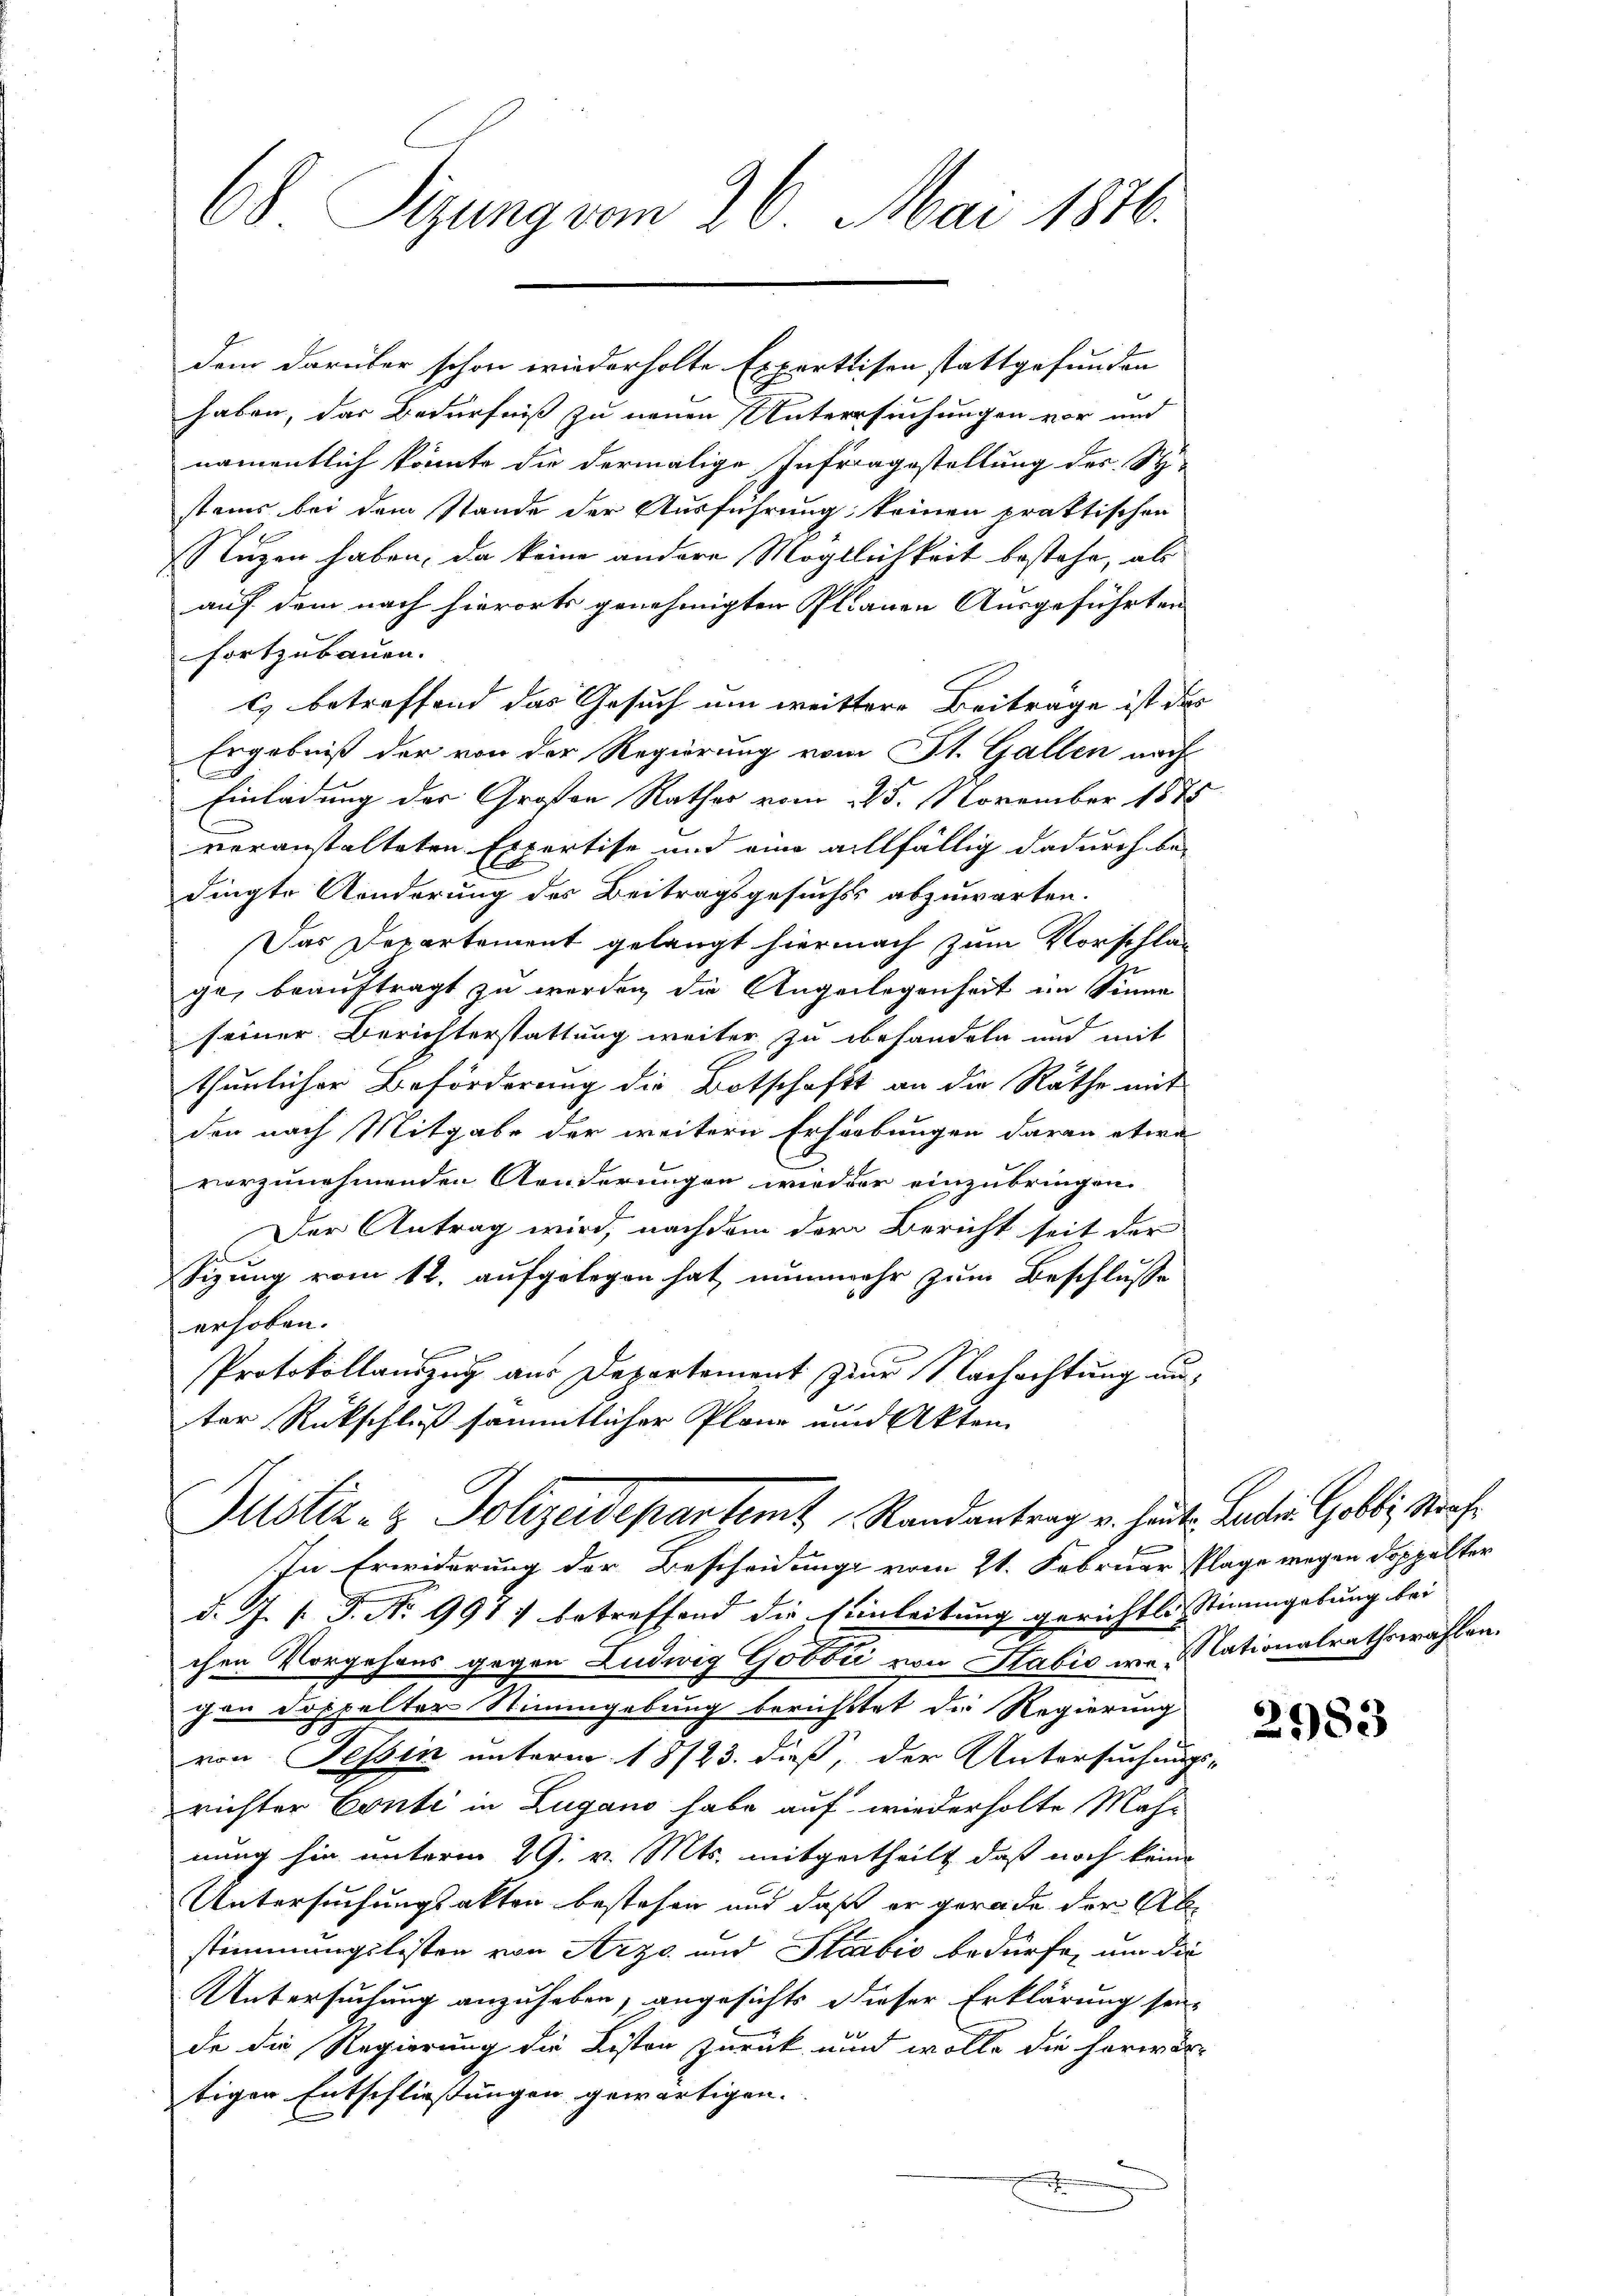
68 Rizung vom 26. Mai 1876.

haben, das Bedürfniß zu neuen Untersuchungen vor und
namentlich könnte die dermalige Infragestellung des St
stems bei dem Stande der Ausführung keinen praktischen
Stuzen haben, da keine andere Möglichkeit bestehe, als
auf dem nach hierorts genehmigten Planen Ausgeführten
fortzubauen.
c) betreffend das Gesuch um weittere Beiträge ist das
Ergebniß der von der Regierung vom St. Gallen nach
Einladung der Großen Rathes vom 25. November 1875
voranstalteten Expertise und eine allfällig dadurch be-
dingte Aenderung des Beitragsgesuchs abzuwarten.
Das Departement gelangt hiernach zum Vorschlag
ge, beauftragt zu werden die Angelegenheit im Sinne
seiner Berichterstattung weiter zu behandeln und mit
thunlicher Beförderung die Botschaft an die Räthe mit
den nach Mitgabe der weitern Erhebungen daran etwa
vorzunehmenden Aenderungen wieder einzubringen.
Der Antrag wird, nachdem der Bericht seit der
hel
Sizung vom 12. aufgelegen hat nunmehr zum Beschlusse
erhoben.
Protokollauszug aus Departement zum Nachachtung unter Rückschluß sämmtlicher Plane und Akten

dem darüber schon wiederholte Experteisen stattgefunden

Justiz- & Polizeidepartem Randantrag v. heute Landten Gobbi, Nach¬
In Erwiderung der Bescheidungs vom 21. Februar Plage wegen doppelter

d. J. P. P. Nr. 997 betreffend die Einleitung gerichtl. Stimmgebung bei
chen Vorgehens gegen Ludwig Gabe von Italić u. stationalrathswahlen.
cen doppelter Stimmgebung berichttet die Regierung
von Tessin unterm 18/23. dieß, der Untersuchungs-
richter Conti in Lugano habe auf wiederholte Mah-
nung hin unterm 29. v. Mts. mitgetheilt, daß noch keine
Untersuchungsakten bestehen und daß er gerade der Abstimmungslisten von Arzt und Staabić bedürfe, um die
Untersuchung anzuheben, angesichts dieser Erklärung seide die Regierung die Listen zurück und wolle die herwertiger Entschließungen gewärtigen.

2583